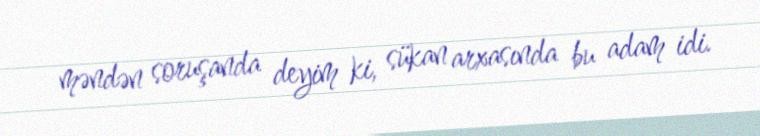
məndən soruşanda deyim ki, sükan arxasında bu adam idi.